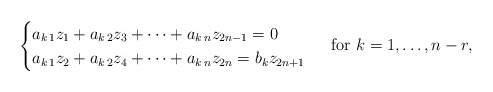
\begin{align*} \begin{cases} a_{k\,1} z_1 + a_{k\,2} z_3+ \cdots +a_{k\,n} z_{2n-1}=0 & \\ a_{k\,1} z_2+ a_{k\,2} z_4 +\cdots +a_{k\,n} z_{2n}= b_kz_{2n+1} \end{cases} \mbox{ for } k=1, \ldots, n-r, \end{align*}